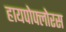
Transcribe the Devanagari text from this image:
हायपोफ्लोरस